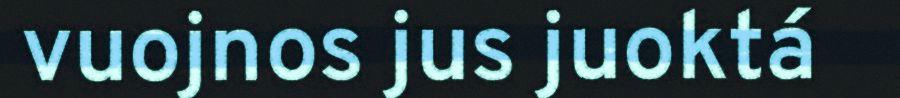
vuojnos jus juoktá